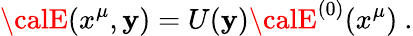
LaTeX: {\calE}(x^{\mu},\mathbf{y})=U(\mathbf{y}){\calE}^{(0)}(x^{\mu})\ .